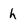
Character: h